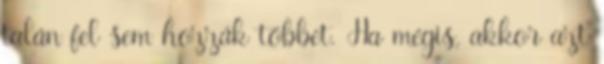
talán fel sem hozzák többet. Ha mégis, akkor azt